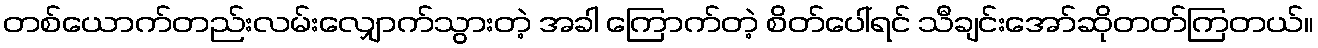
တစ်ယောက်တည်းလမ်းလျှောက်သွားတဲ့ အခါ ကြောက်တဲ့ စိတ်ပေါ်ရင် သီချင်းအော်ဆိုတတ်ကြတယ်။